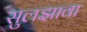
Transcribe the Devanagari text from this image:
सुलझावा